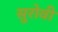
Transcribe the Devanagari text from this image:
सुरोवी